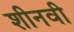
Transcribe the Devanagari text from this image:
शीनवी